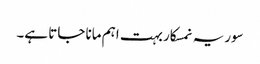
سوریہ نمسکار بہت اہم مانا جاتا ہے۔